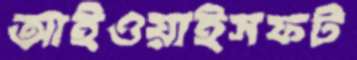
আইওয়াইসফট